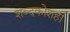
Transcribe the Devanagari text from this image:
शब्दकोशही